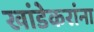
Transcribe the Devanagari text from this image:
खांडेकरांना